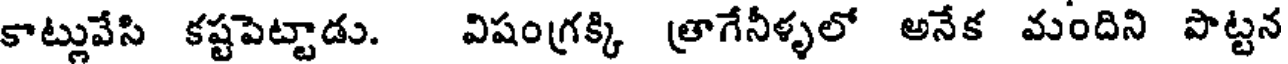
కాట్లువేసి కష్టపెట్టాడు. విషంగ్రక్కి త్రాగేనీళ్ళలో అనేక మందిని పొట్టన